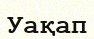
Уақап